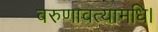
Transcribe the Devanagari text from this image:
वरुणावत्यामधि।